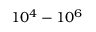
1 0 ^ { 4 } - 1 0 ^ { 6 }